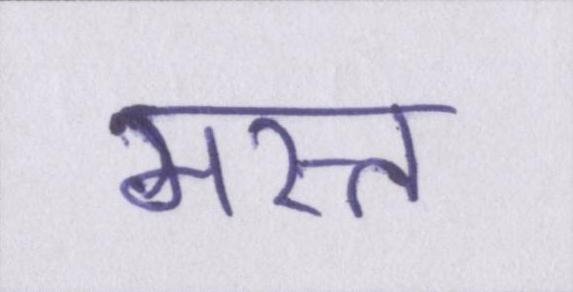
मस्त